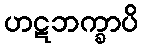
ဟဋဘက္ခာပိ